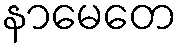
နာမေတေ